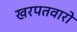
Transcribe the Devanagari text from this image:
खरपतवारो